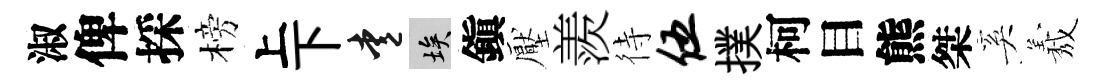
淑俾採榜上下愛埃鎭壓羨待伍撲柯目熊桀奚𦏁